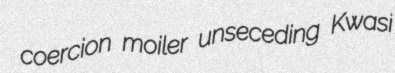
coercion moiler unseceding Kwasi